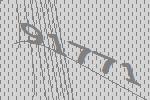
91771